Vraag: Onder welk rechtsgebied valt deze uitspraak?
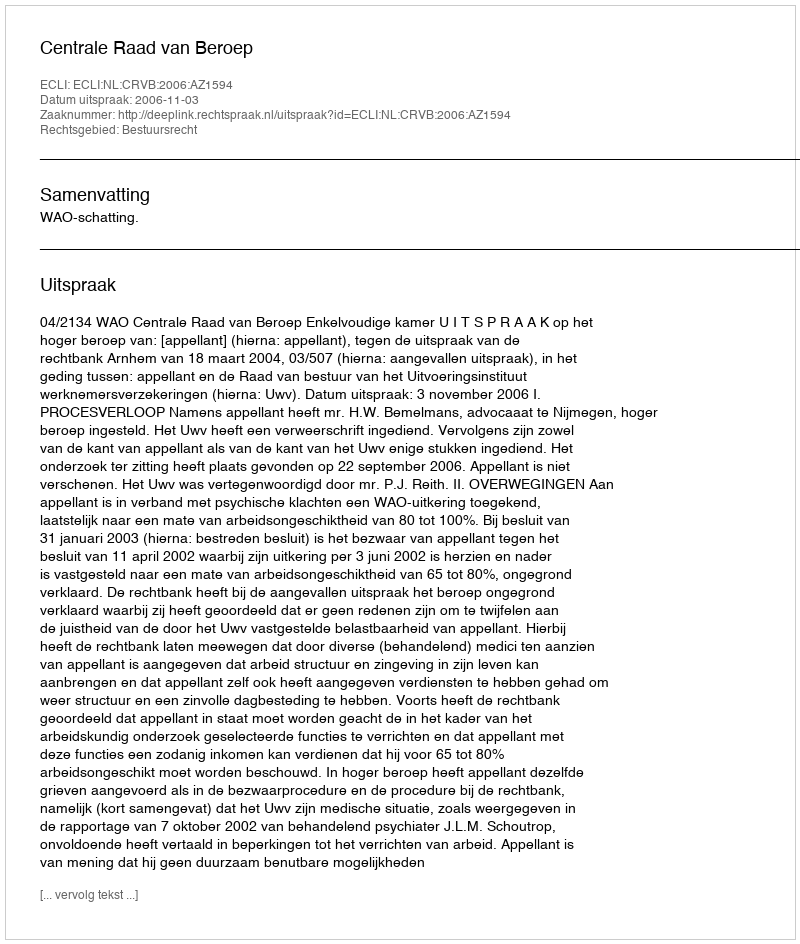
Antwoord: Bestuursrecht